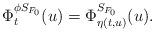
LaTeX: \begin{align*}\Phi_t^{\phi S_{F_0}}(u)=\Phi_{\eta(t,u)}^{S_{F_0}}(u).\end{align*}